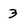
Character: 3